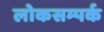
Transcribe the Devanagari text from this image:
लोकसम्पर्क